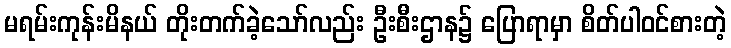
မရမ်းကုန်းမိနယ် တိုးတက်ခဲ့သော်လည်း ဦးစီးဌာန၌ ပြောရာမှာ စိတ်ပါဝင်စားတဲ့